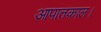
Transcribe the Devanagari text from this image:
आपातकाल।